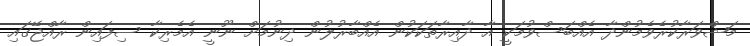
މަޝްވަރާކުރެވެމުންދާ އެއްބަސްވުމަކީ އާ ދާއިރާތަކަކުން އެއްބާރުލުން ދިނުމަށް ނޫނީ އެމެރިކާ ސިފައިން ރާއްޖޭގައި